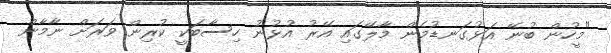
"މީހުން ބުނޭ އަޅުގަނޑުމެން މާލޭގައި އޭރު އުޅުނު ހިސާބަކީ ކުރިން ވަރަށް ނާމާން